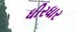
ધીરધાર